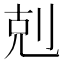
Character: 剋